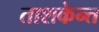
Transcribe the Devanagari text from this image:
ताशकेन्त